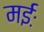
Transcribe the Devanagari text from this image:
मईः